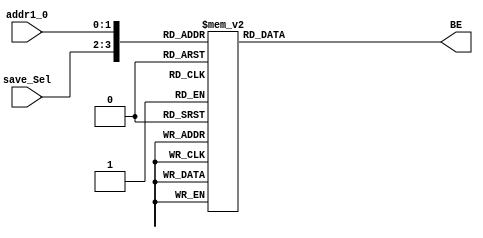
`timescale 1ns / 1ps

module BE_EXT(save_Sel, addr1_0, BE);
	
	input [1:0] save_Sel;
	input [1:0] addr1_0;
	
	output reg [3:0] BE;
	
	wire [3:0] save;
	
	assign save = {save_Sel, addr1_0};
	
	always @(*) begin
		case (save)
			
			//sw
			4'b00_00: BE = 4'b1111;
			4'b00_01: BE = 4'b1111;
			4'b00_10: BE = 4'b1111;
			4'b00_11: BE = 4'b1111;
			
			//sh
			4'b10_00: BE = 4'b0011;
			4'b10_01: BE = 4'b0011;
			4'b10_10: BE = 4'b1100;
			4'b10_11: BE = 4'b1100;


			//sb
			4'b01_00: BE = 4'b0001;
			4'b01_01: BE = 4'b0010;
			4'b01_10: BE = 4'b0100;
			4'b01_11: BE = 4'b1000;
			
			default: BE = 4'b0000;
		endcase
	end


endmodule